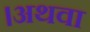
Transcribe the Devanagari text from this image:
।अथवा